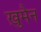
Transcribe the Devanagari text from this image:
ख़ुमैन